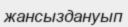
жансыздануып